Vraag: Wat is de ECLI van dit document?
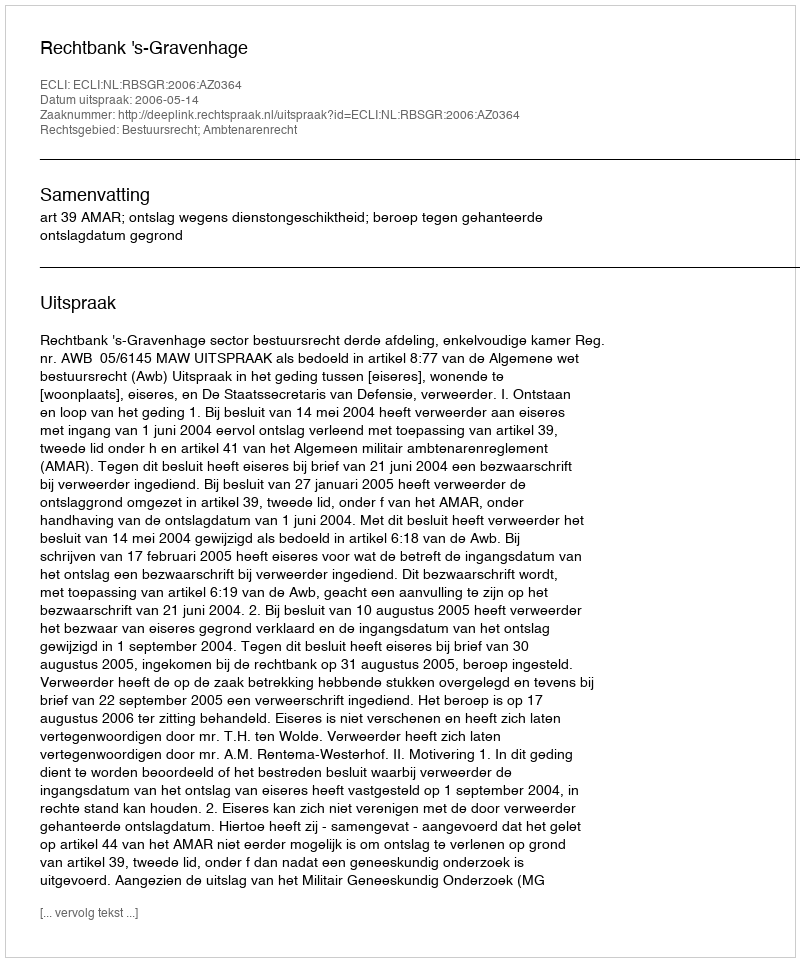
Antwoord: ECLI:NL:RBSGR:2006:AZ0364